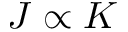
J \propto K